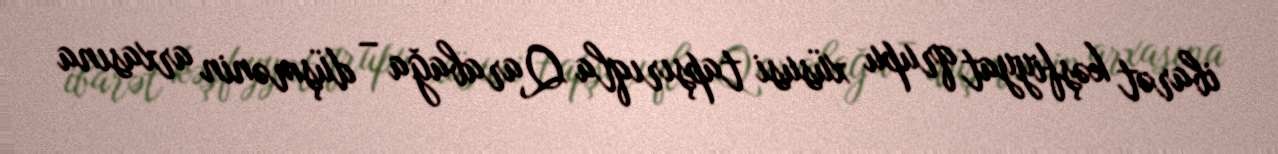
ibarət kəşfiyyat qrupu xüsusi tapşırıqla Qarabağa – düşmənin arxasına